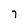
Character: 7